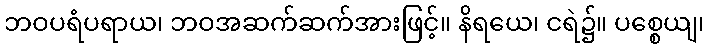
ဘဝပရံပရာယ၊ ဘဝအဆက်ဆက်အားဖြင့်။ နိရယေ၊ ငရဲ၌။ ပစ္စေယျ၊